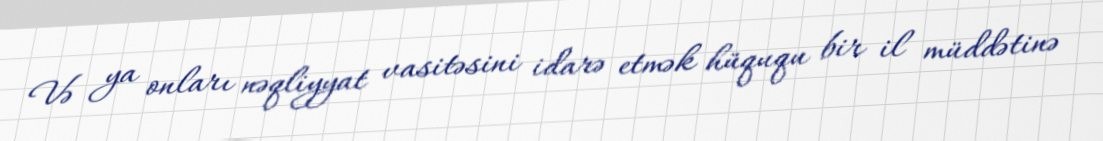
Və ya onları nəqliyyat vasitəsini idarə etmək hüququ bir il müddətinə